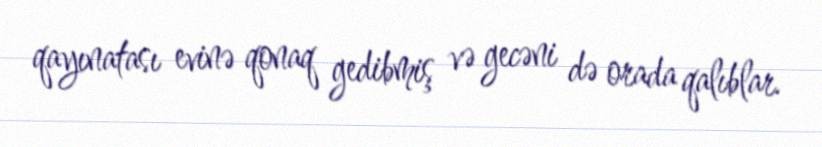
qayınatası evinə qonaq gedibmiş və gecəni də orada qalıblar.